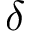
\delta